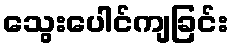
သွေးပေါင်ကျခြင်း